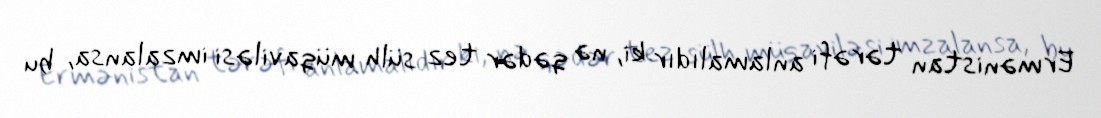
Ermənistan tərəfi anlamalıdır ki, nə qədər tez sülh müqaviləsi imzalansa, bu